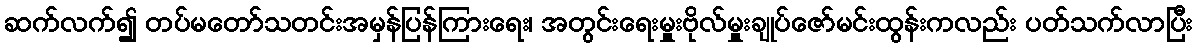
ဆက်လက်၍ တပ်မတော်သတင်းအမှန်ပြန်ကြားရေး၊ အတွင်းရေးမှူးဗိုလ်မှူးချုပ်ဇော်မင်းထွန်းကလည်း ပတ်သက်လာပြီး